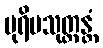
ပုရိမသုတ္တန္တံ